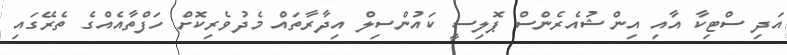
އަދި ސްޓިކާ އާއި އިންޝުއެރެންސް ޕޮލިސީ ކައުންސިލް އިދާރާތައް މެދުވެރިކޮށް ހަފްތާއެއްގެ ތެރޭގައި